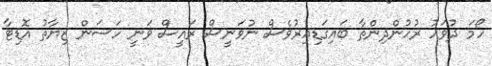
ހޯމަ ދުވަހު ރުހުންދިންތާ ބައިގަޑިއިރުވެސް ނުވަނީސް ރައީސް ވަނީ ހަސަން ޒިޔާތު އޮޑިޓާ